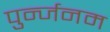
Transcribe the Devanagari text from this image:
पुर्न्जनम